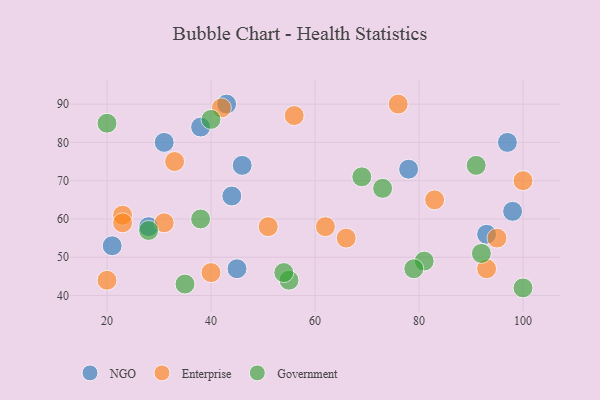
{"axis": {"x": "GDP", "y": "Life Expectancy"}, "legend": ["Enterprise", "Government", "NGO"], "data": [{"x": "78", "y": 73, "type": "NGO"}, {"x": "38", "y": 84, "type": "NGO"}, {"x": "28", "y": 58, "type": "NGO"}, {"x": "46", "y": 74, "type": "NGO"}, {"x": "98", "y": 62, "type": "NGO"}, {"x": "43", "y": 90, "type": "NGO"}, {"x": "93", "y": 56, "type": "NGO"}, {"x": "44", "y": 66, "type": "NGO"}, {"x": "45", "y": 47, "type": "NGO"}, {"x": "97", "y": 80, "type": "NGO"}, {"x": "31", "y": 80, "type": "NGO"}, {"x": "21", "y": 53, "type": "NGO"}, {"x": "42", "y": 89, "type": "Enterprise"}, {"x": "31", "y": 59, "type": "Enterprise"}, {"x": "93", "y": 47, "type": "Enterprise"}, {"x": "56", "y": 87, "type": "Enterprise"}, {"x": "66", "y": 55, "type": "Enterprise"}, {"x": "62", "y": 58, "type": "Enterprise"}, {"x": "100", "y": 70, "type": "Enterprise"}, {"x": "40", "y": 46, "type": "Enterprise"}, {"x": "20", "y": 44, "type": "Enterprise"}, {"x": "76", "y": 90, "type": "Enterprise"}, {"x": "33", "y": 75, "type": "Enterprise"}, {"x": "23", "y": 61, "type": "Enterprise"}, {"x": "95", "y": 55, "type": "Enterprise"}, {"x": "23", "y": 59, "type": "Enterprise"}, {"x": "83", "y": 65, "type": "Enterprise"}, {"x": "51", "y": 58, "type": "Enterprise"}, {"x": "81", "y": 49, "type": "Government"}, {"x": "91", "y": 74, "type": "Government"}, {"x": "92", "y": 51, "type": "Government"}, {"x": "55", "y": 44, "type": "Government"}, {"x": "73", "y": 68, "type": "Government"}, {"x": "20", "y": 85, "type": "Government"}, {"x": "40", "y": 86, "type": "Government"}, {"x": "69", "y": 71, "type": "Government"}, {"x": "28", "y": 57, "type": "Government"}, {"x": "54", "y": 46, "type": "Government"}, {"x": "35", "y": 43, "type": "Government"}, {"x": "100", "y": 42, "type": "Government"}, {"x": "38", "y": 60, "type": "Government"}, {"x": "79", "y": 47, "type": "Government"}]}